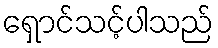
ရှောင်သင့်ပါသည်